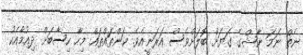
ނެތް ނަމަ ނާޝްގެ ގަޔަށް ބޮލަށްވެސް އަރަނީއެވެ. ކަންތައްތައް މިހާ ހިސާބަށް ދިއުމާއެކު